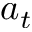
a _ { t }